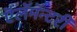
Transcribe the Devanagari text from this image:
ऍलॅमॅन्टरी